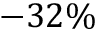
- 3 2 \%